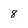
Character: 8